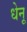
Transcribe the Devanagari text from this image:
धेनू